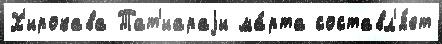
Х'ирокава Тат'иараjи ма́рта составл'я́ет